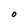
Character: 0